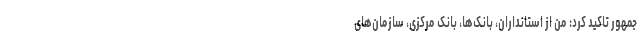
جمهور تاکید کرد: من از استانداران، بانک‌ها، بانک مرکزی، سازمان‌های